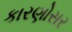
કારણોસર